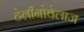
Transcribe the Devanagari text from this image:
टेलीनोवेलाज